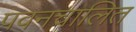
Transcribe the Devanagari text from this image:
पवनचालित